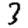
Digit: 3